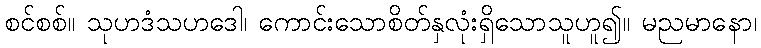
စင်စစ်။ သုဟဒံသဟဒေါ၊ ကောင်းသောစိတ်နှလုံးရှိသောသူဟူ၍။ မညမာနော၊